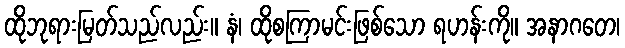
ထိုဘုရားမြတ်သည်လည်း။ နံ၊ ထိုစကြာမင်းဖြစ်သော ရဟန်းကို။ အနာဂတေ၊